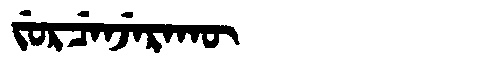
Manchu: ᠵᡠᡵᠴᡝᠨᠵᡝᡵᠠᡴᡡ
Romanization: JURCENJERAKŪ